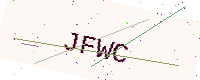
Text: JFWC